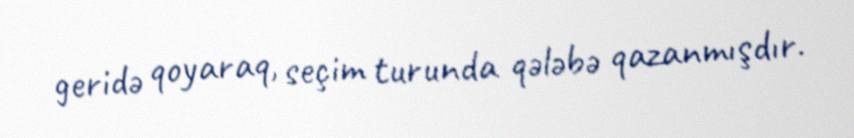
geridə qoyaraq, seçim turunda qələbə qazanmışdır.